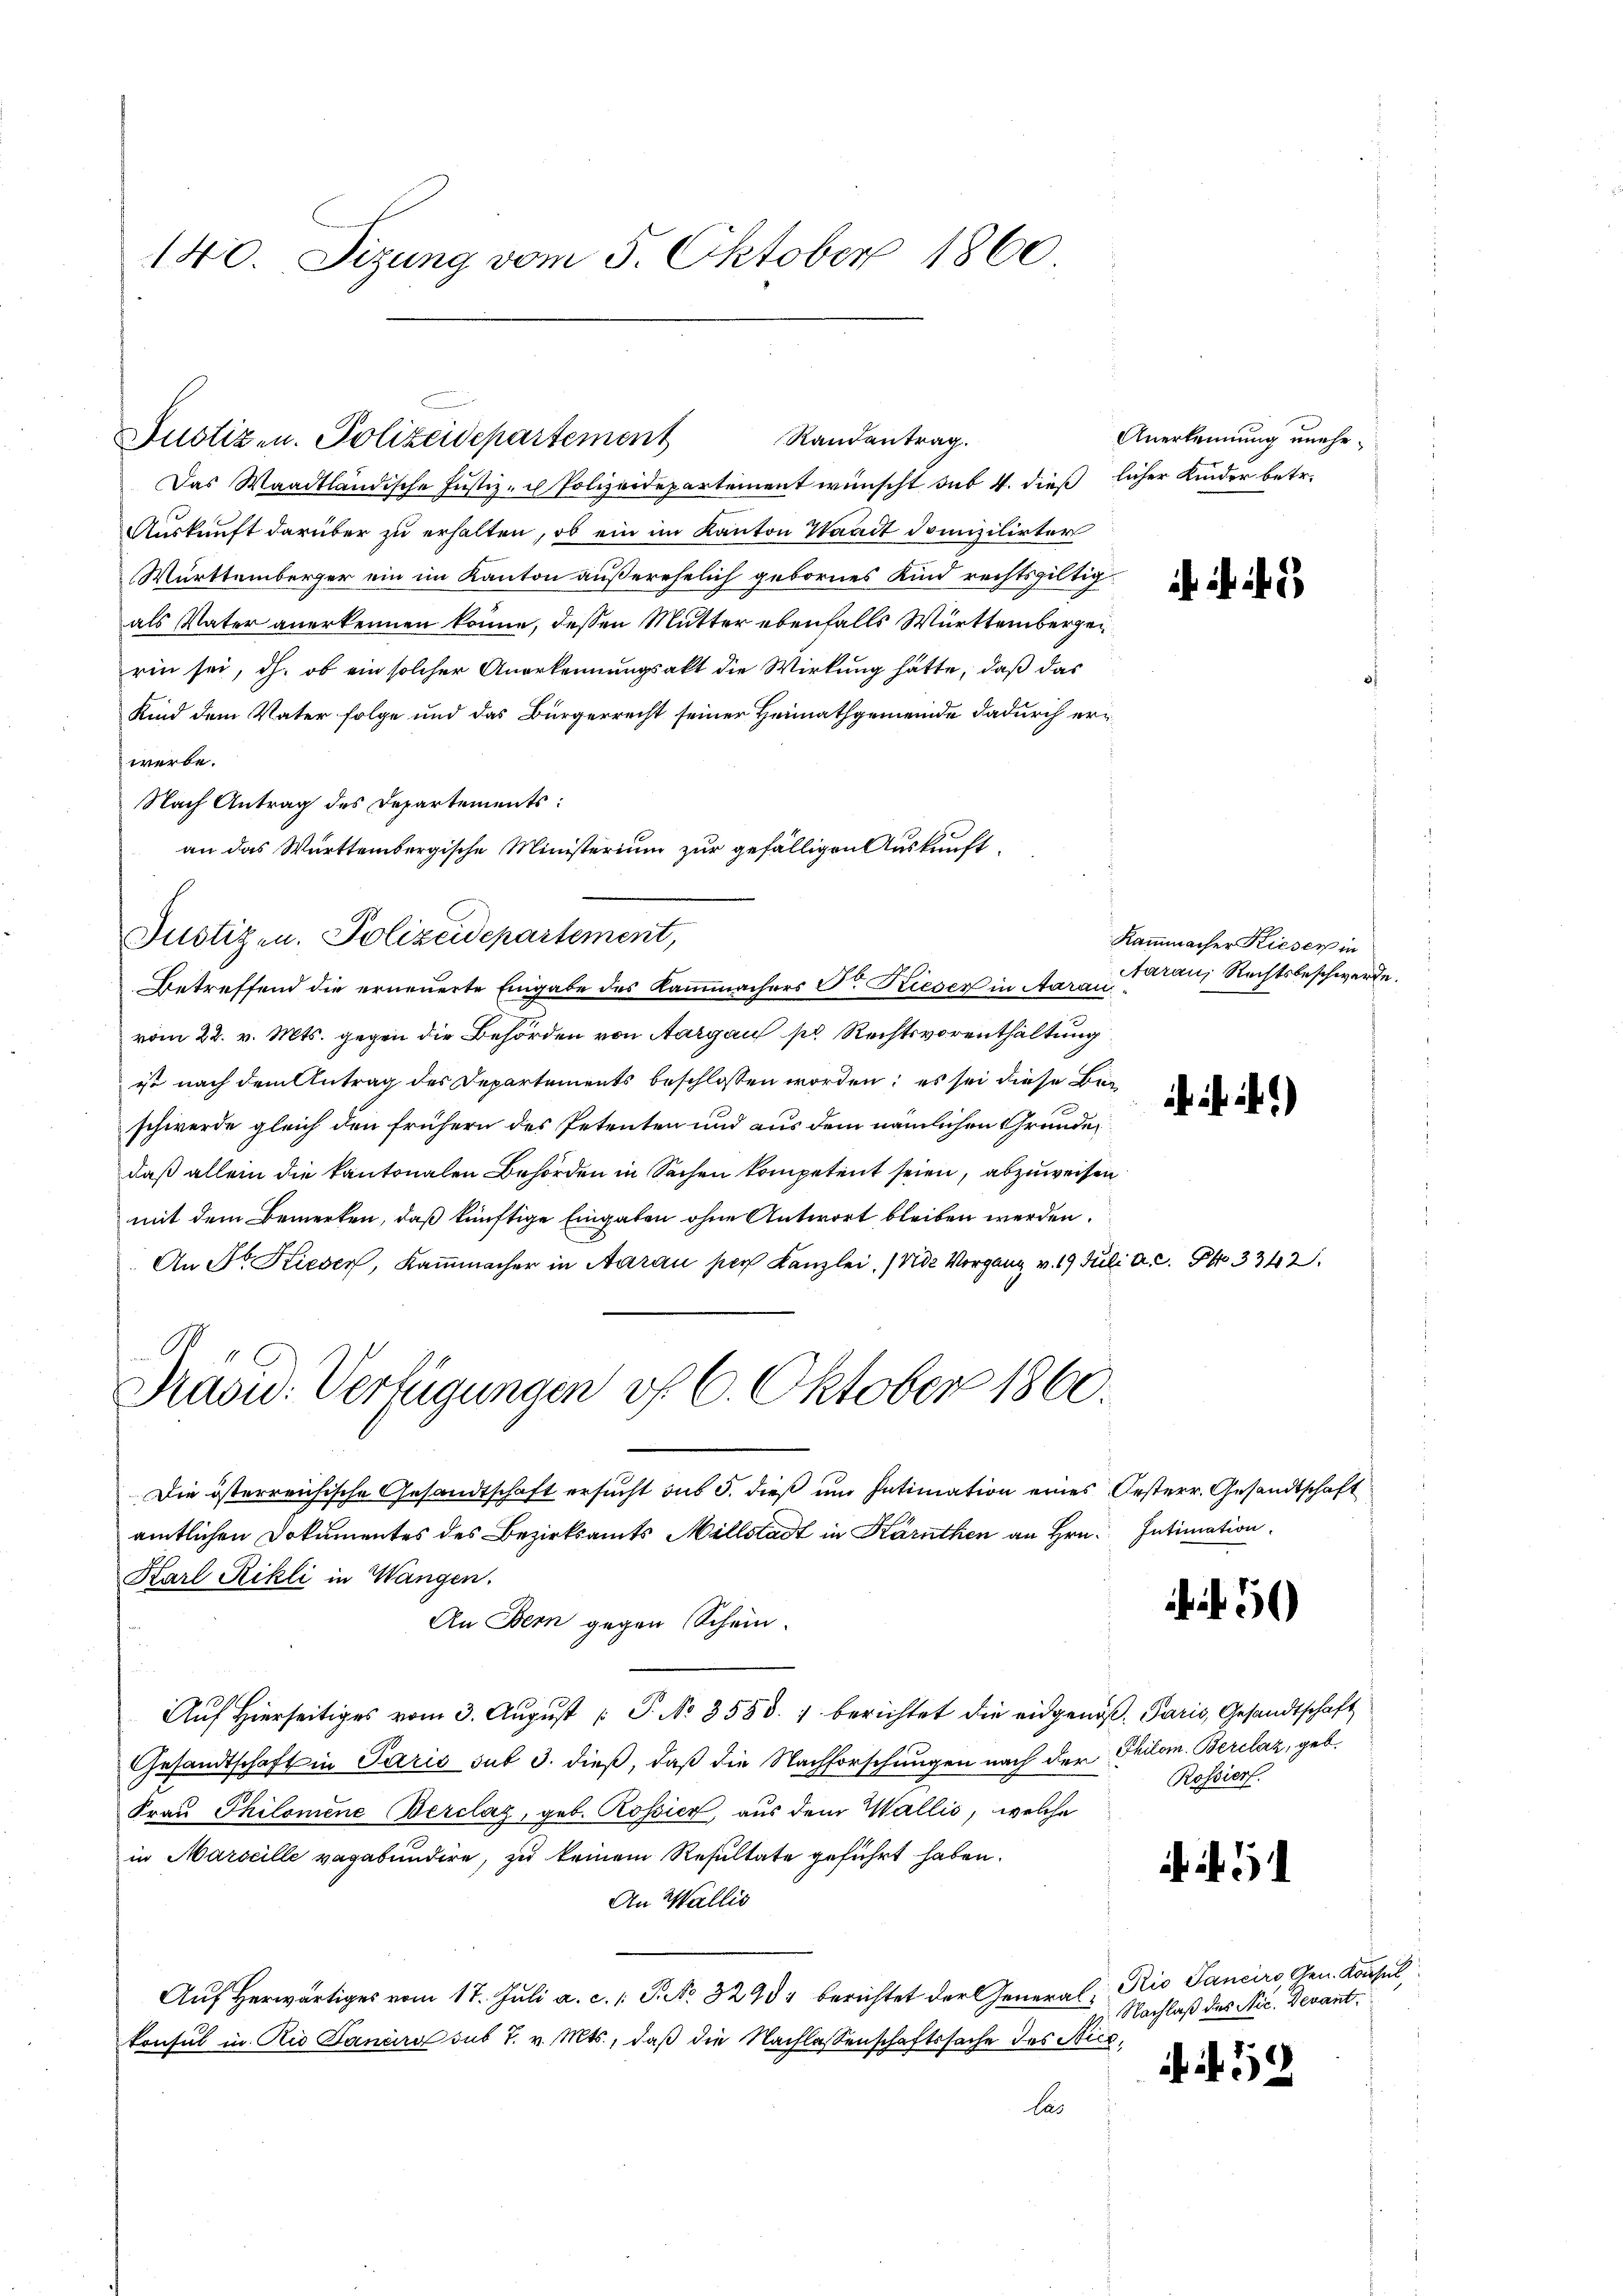
Justiz- u. Polizeidepartement
Das Waadtländische Justiz- u Polizeidepartement wünscht sub. 4. dieß licher Kinder betr.
Auskunft darüber zu erhalten, ob ein im Kanton Waadt domizilirter
Württemberger ein im Kanton außerehelich gebornes Kind rechtsgültig
als Vater anerkennen könne, dessen Mutter ebenfalls Württembergen
rin sei, dh. ob ein solcher Anerkennungsakt die Wirkung hätte, daß das
Kind dem Vater folge und das Bürgerrecht seiner Heimathgemeinde dadurch erwerbe.
Nach Antrag des Departements:
an das Württembergische Ministerium zur gefälligen Auskunft
Justizen. Polizeidepartement,
vom 22. v. Mts. gegen die Behörden von Aargau pr. Rechtsvorenthaltung
ist nach dem Antrag des Departements beschlossen worden; es sei diese Beschwerde gleich den frühern des Petenten und aus dem nämlichen Grunde
daß allein die kantonalen Behörden in Sachen kompetent seien, abzuweisen
mit dem Bemerken, daß künftige Eingaben ohne Antwort bleiben werden.
An Dr. Kiesen, Kaṁmacher in Aarau per Kanzlei. (Nide Vorgang v. 19 Juli

Präsid. Verfügungen vf 6. Oktober 1860.
Die österreichische Gesandtschaft ersucht aus 5. dieß um Intimation eines Oesterr. Gesandtschaft
amtlichen Dokumentes des Bezirksamts Millstadt in Kärnthen an Hrn.
Karl Rikli in Wangen.
An Bern gegen Schein.
u
Aŭf Hierseitiges vom 3. Aŭgŭst [ P. No 3558. 1 berichtet die eidgenöβ. Paris, Gesandtschaft
Gesandtschaft in Paris sub 3. dieß, daß die Nachforschungen nach der Philom. Berclaz, geb.
Fraŭ Philomene Berclaz, geb. Rossier, aus dem Wallis, welche
in Marseille vagabundire, zu keinem Resultate geführt haben.
An Wallis
Aŭf herwärtiges vom 17. Juli a. c. /: P. Nr. 32954 berichtet der General Rio Sancirs, Gen. Konsul
konsul in Rio Landre sub 7. v. Mts., daß die Nachlassenschaftssache des Stice,
las

140. Sizung vom 5. Oktober 1860

Randantrag.

Betreffend die erneuerte Eingabe des Kammachers P. Rieser in Aarau

Anerkennung unehe¬

Kammmacher Kiesen in
Aarau, Rechtsbeschwerde.

. . .

b.)

M. C. S. 3342.

Intimation.

f 50

Rossiert.

i.

. N. 52

Nachlaß des Nie. Devant.